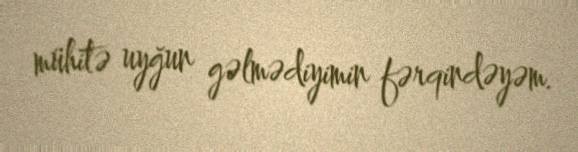
mühitə uyğun gəlmədiyimin fərqindəyəm.